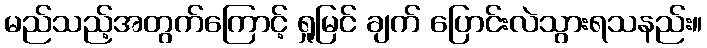
မည်သည့်အတွက်ကြောင့် ရှုမြင် ချက် ပြောင်းလဲသွားရသနည်း။